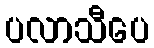
ပလာသီပေ